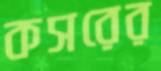
কসরের